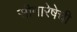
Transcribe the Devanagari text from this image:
सीमारेषेची